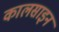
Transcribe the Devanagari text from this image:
कालसाइन